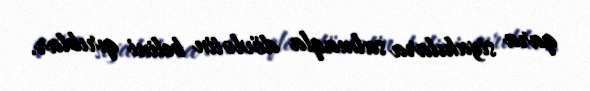
qara siyahılara salmaqla dövlətin belini qırıblar.